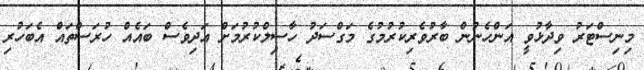
މިނިސްޓަރު ވިދާޅުވީ އަންހެނުން ބާރުވެރިކުރުމުގެ މަގްސަދު ހާސިލްކުރުމަށް އަދިވެސް ބައެއް ހުރަސްތައް އެބަހުރި